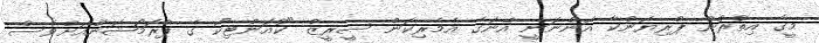
މީގެ އިތުރުން ޕްރިޔަންކާ އަންނަނީ އޭނަގެ އެމެރިކަން ސީރީޒް "ކުއަންޓިކޯ ގެ ޕްރޮމޯޝަންއަށްވެސް